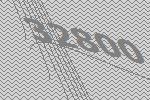
32800